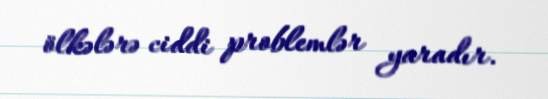
ölkələrə ciddi problemlər yaradır.